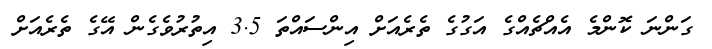
ގަންނަ ކޮންމެ އެއްޗެއްގެ އަގުގެ ތެރެއަށް އިންސައްތަ 3.5 އިތުރުވެގެން އޭގެ ތެރެއަށް